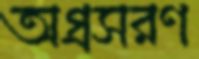
অগ্রসরণ